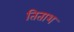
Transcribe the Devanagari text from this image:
तिताश